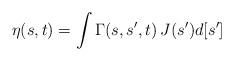
LaTeX: \begin{align*} \eta(s,t) = \int \Gamma(s,s^\prime,t) \, J(s^\prime)d[s^\prime]\end{align*}